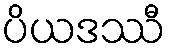
ပိယဒဿီ